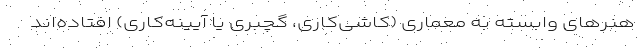
هنرهای وابسته به معماری (کاشی‌کاری، گچبری یا آیینه‌کاری) افتاده‌اند